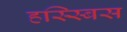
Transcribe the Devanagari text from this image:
हस्स्बिस